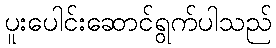
ပူးပေါင်းဆောင်ရွက်ပါသည်